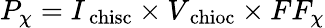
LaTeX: P_{\chi}=I_{\mathrm{\ chisc}}\times V_{\mathrm{\ chioc}}\times FF_{\chi}